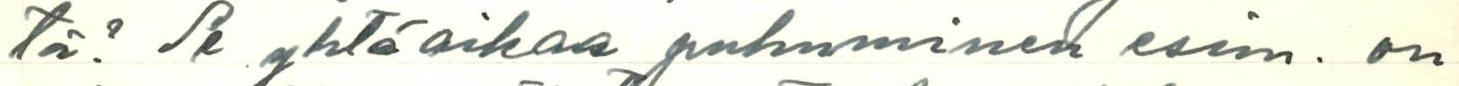
tä? Se yhtäaikaa puhuminen esim. on